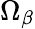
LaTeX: \Omega_{\beta}